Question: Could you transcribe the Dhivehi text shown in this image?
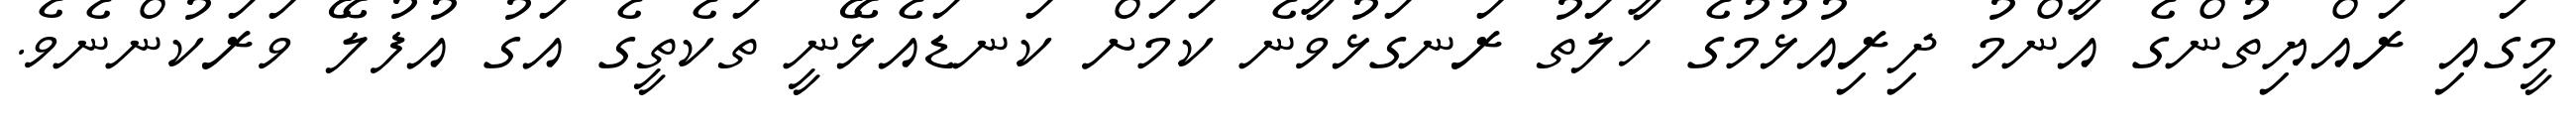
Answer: މީގައި ރައްޔިތުންގެ އާންމު ދިރިއުޅުމުގެ ހާލަތު ރަނގަޅުވާނެ ކަމަށް ކަނޑައެޅޭނީ ތަކެތީގެ އަގު އުފުލޭ ވަރަކުންނެވެ.